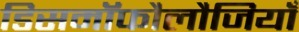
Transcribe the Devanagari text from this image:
डिसमॉफौलौजियाँ